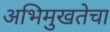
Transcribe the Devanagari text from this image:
अभिमुखतेचा